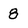
Character: 8